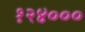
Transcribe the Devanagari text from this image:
१२४०००